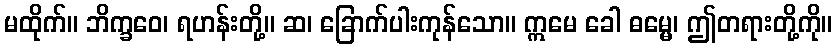
မထိုက်။ ဘိက္ခဝေ၊ ရဟန်းတို့။ ဆ၊ ခြောက်ပါးကုန်သော။ ဣမေ ခေါ ဓမ္မေ၊ ဤတရားတို့ကို။